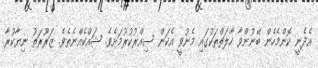
އެދެނީ ކޮންމެހެން ބޭނުންވާ ހާލަތްތަކުގައި މެނުވީ އެކަން ސިއްރުކުރުމަށެވެ. ޝައްކެއްނެތެވެ. ޒަރޫރަތު ނިޔާކުރާ